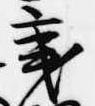
秉